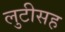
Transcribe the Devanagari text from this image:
लुटीसह